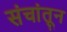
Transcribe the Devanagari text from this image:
संचांतून